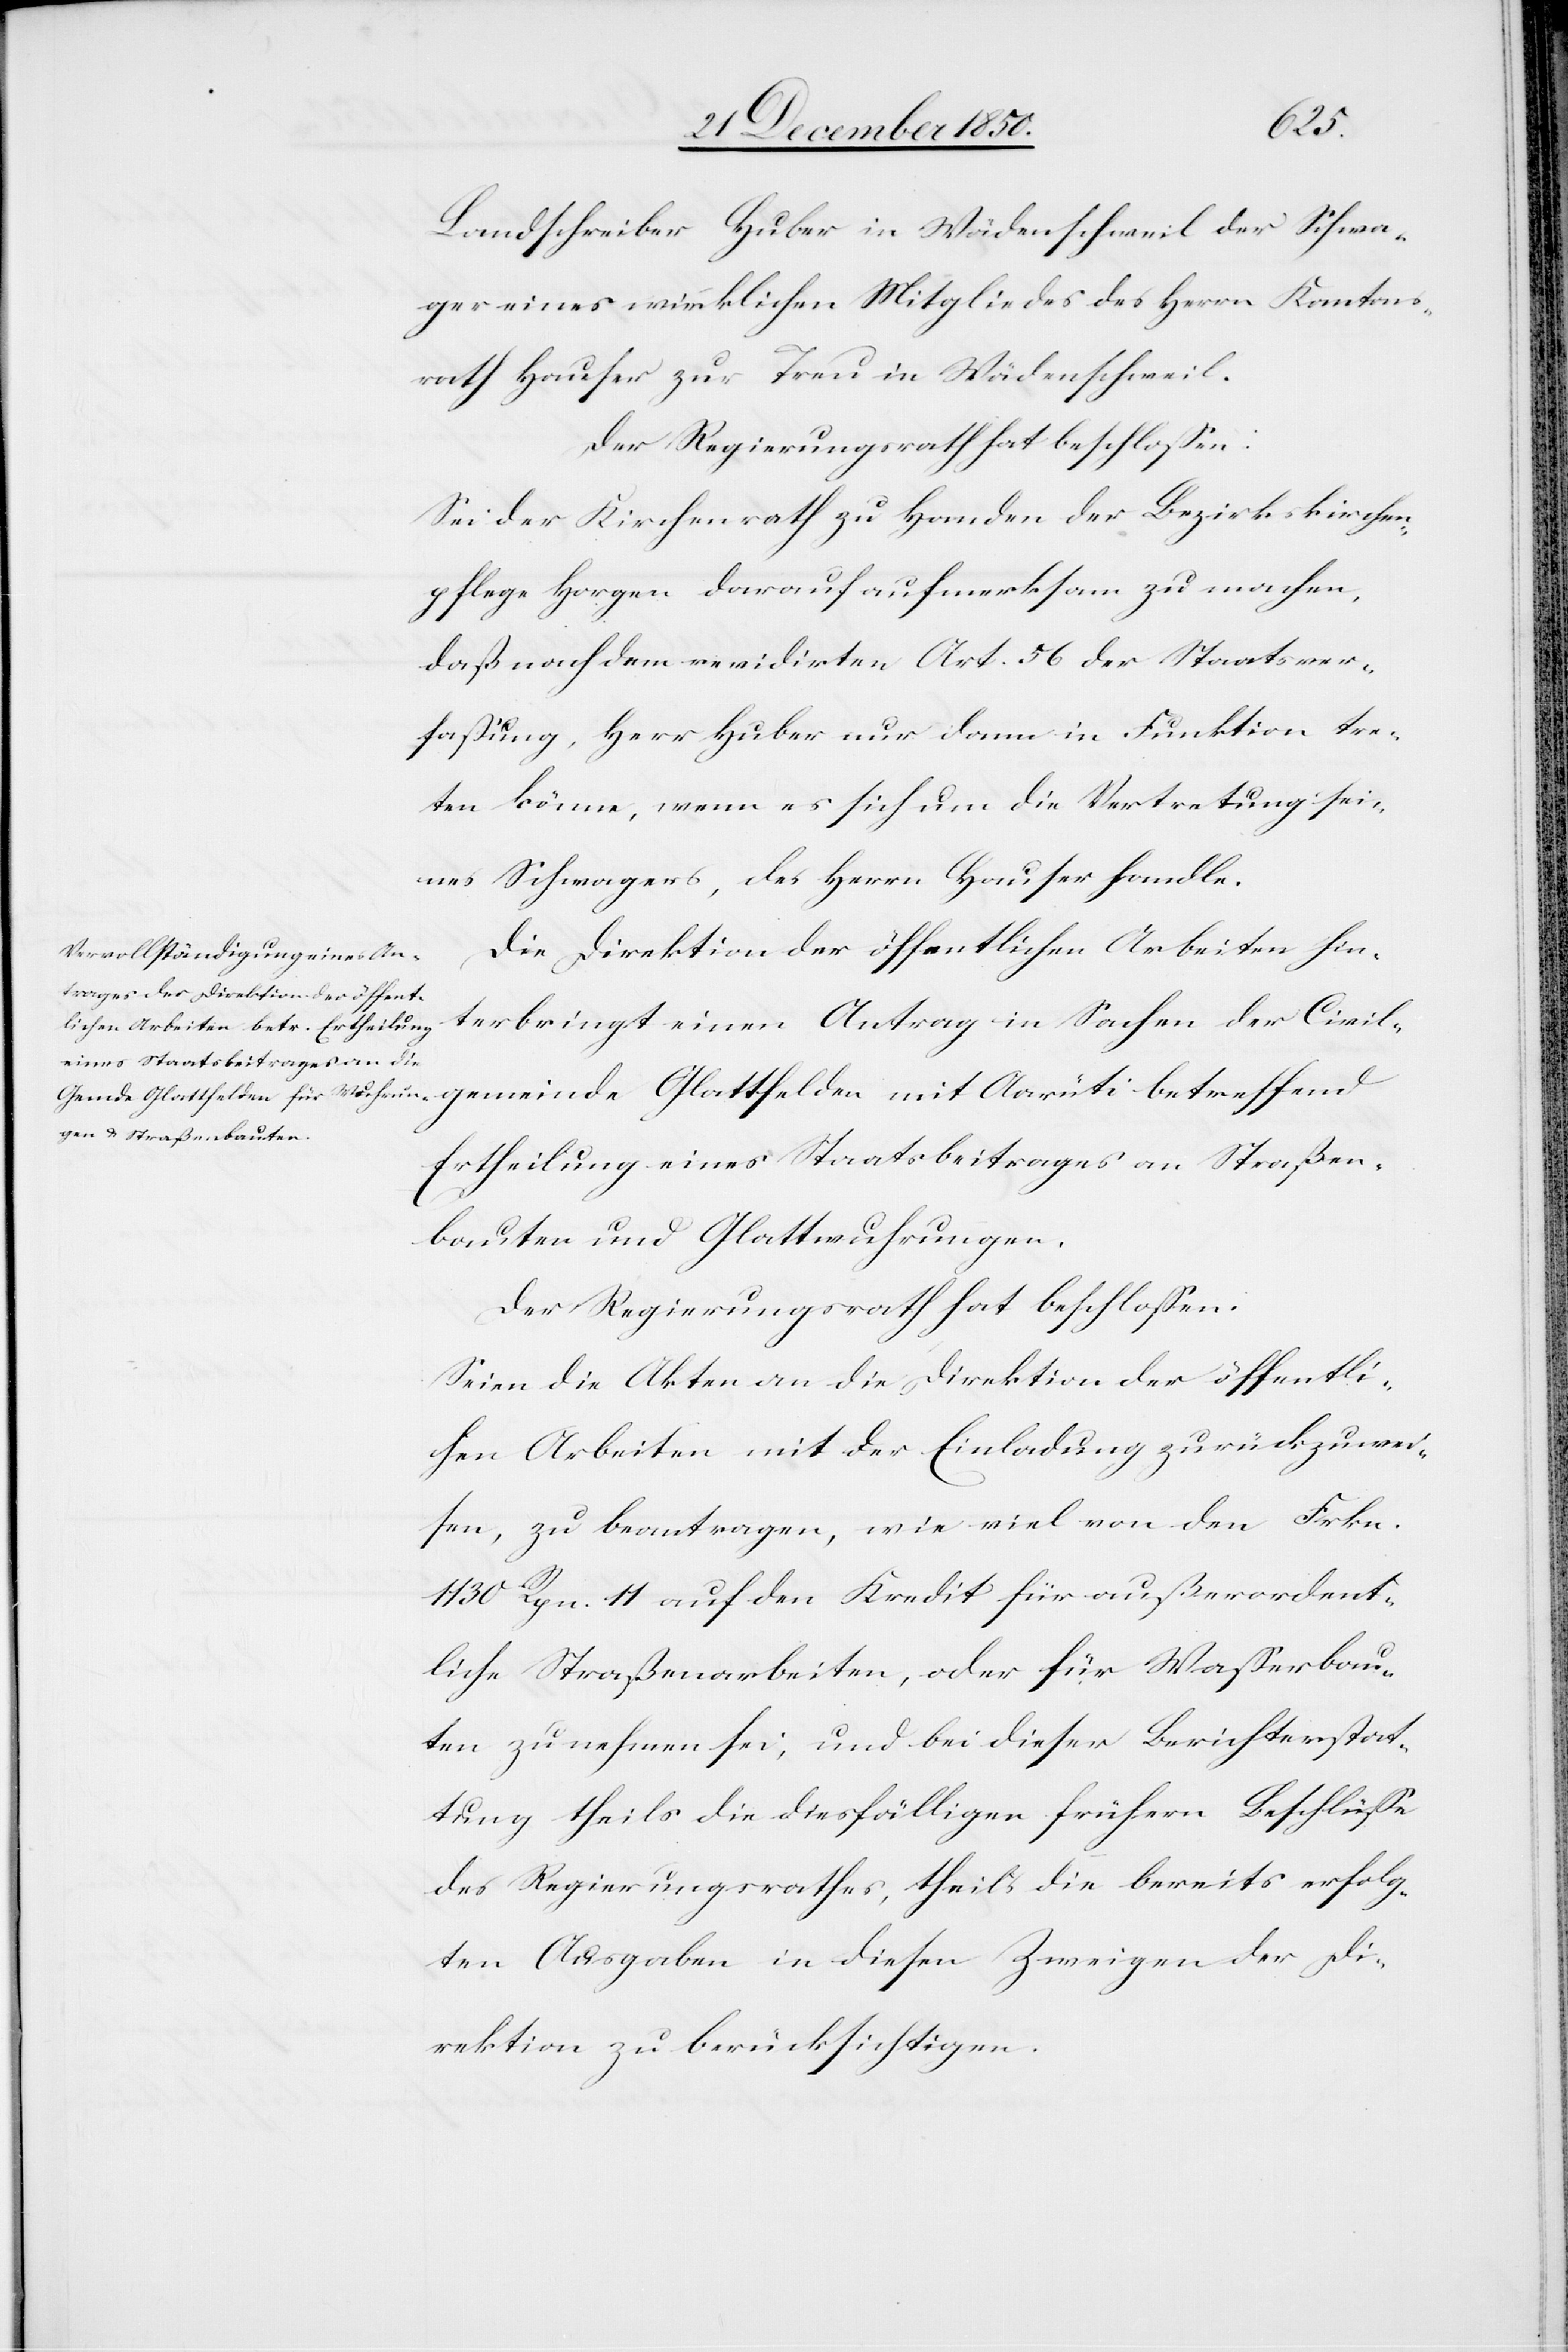
fend
Landschreiber Huber in Wädenschweil der Schwa¬
ger eines wirklichen Mitgliedes des Herrn Kantons¬
rath Hauser zur Treu in Wädenschweil.
Der Regierungsrath hat beschlossen:
Sei der Kirchenrath zu Handen der Bezirkskirchen¬
pflege Horgen darauf aufmerksam zu machen,
daß nach dem revidirten Art. 56 der Staatsver¬
fassung, Herr Huber nur dann in Funktion tre¬
ten könne, wenn es sich um die Vertretung sei¬
nes Schwagers, des Herrn Hauser handle.
Die Direktion der öffentlichen Arbeiten hin¬
terbringt einen Antrag in Sachen der Civil¬
Ertheilung eines Staatsbeitrages an Straßen¬
bauten und Glattwuhrungen.
Der Regierungsrath hat beschlossen:
Seien die Akten an die Direktion der öffentli¬
chen Arbeiten mit der Einladung zurückzuwei¬
sen, zu beantragen, wie viel von den Frkn.
1130 Rpn. 11 auf den Kredit für außerordent¬
liche Straßenarbeiten, oder für Wasserbau¬
ten zu nehmen sei, und bei dieser Berichterstat¬
tung theils die diesfälligen frühern Beschlüsse
des Regierungsrathes, theils die bereits erfolg¬
ten Ausgaben in diesen Zweigen der Di¬
rektion zu berücksichtigen.